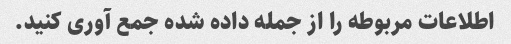
اطلاعات مربوطه را از جمله داده شده جمع آوری کنید.